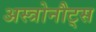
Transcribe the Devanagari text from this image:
अस्त्रोनौट्स